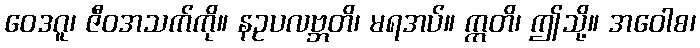
ဝေဒဂူ၊ ဇီဝအသက်ကို။ နဥပလဗ္ဘတိ၊ မရအပ်။ ဣတိ၊ ဤသို့။ အဝေါစ၊